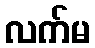
လက်မ